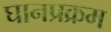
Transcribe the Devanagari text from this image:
घानप्रक्रम